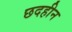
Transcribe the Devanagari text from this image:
छदहीन